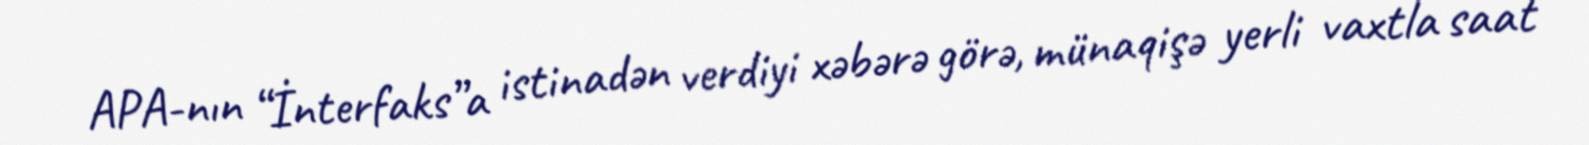
APA-nın “İnterfaks”a istinadən verdiyi xəbərə görə, münaqişə yerli vaxtla saat